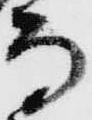
而